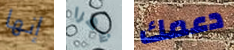
إنها شهرا دعمك